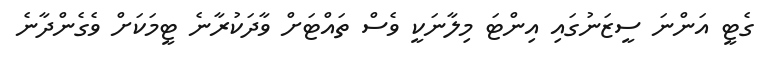
ގެޓީ އަންނަ ސީޒަނުގައި އިންޓަ މިލާނަކީ ވެސް ތައްޓަށް ވާދަކުރާނެ ޓީމަކަށް ވެގެންދާނެ